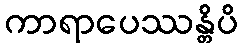
ကာရာပေဿန္တိပိ